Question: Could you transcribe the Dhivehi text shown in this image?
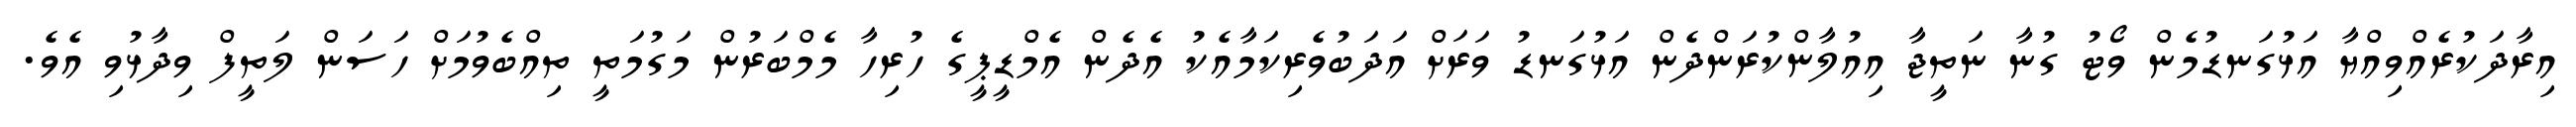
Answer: އިރާދަކުރެއްވިއްޔާ އަޅުގަނޑުމެން ވޯޓު ގުނާ ނަތީޖާ އިއުލާންކުރަންދެން އަޅުގަނޑު ވަރަށް އަދަބުވެރިކަމާއެކު އެދެން އެމްޑީޕީގެ ހުރިހާ މެމްބަރުން މަގުމަތީ ތިއްބެވުމަށް ހަސަން ލަތީފް ވިދާޅުވި އެވެ.